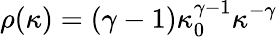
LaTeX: \rho(\kappa)=(\gamma-1)\kappa_{0}^{\gamma-1}\kappa^{-\gamma}